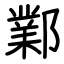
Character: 鄴